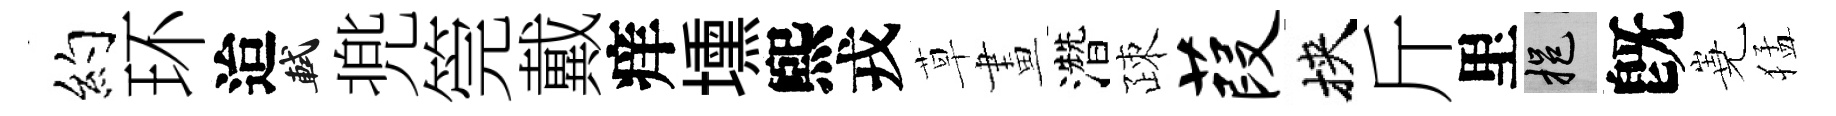
约环迨軾兠筦戴痒壎煕戎草畫濳疎葭挾斤里挹旣嶤猛